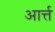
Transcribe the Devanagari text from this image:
आर्त्त